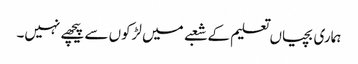
ہماری بچیاں تعلیم کے شعبے میں لڑکوں سے پیچھے نہیں۔